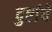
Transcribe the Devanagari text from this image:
दुष्टांचे